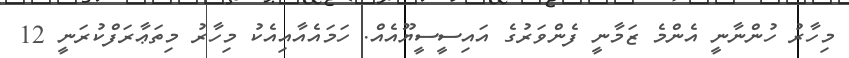
މިހާރު ހުންނާނީ އެންމެ ޒަމާނީ ފެންވަރުގެ އައިސީސީޔޫއެއް. ހަމައެއާއިއެކު މިހާރު މިތަޢާރަފްކުރަނީ 12